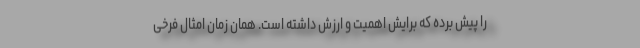
را پیش برده که برایش اهمیت و ارزش داشته است. همان زمان امثال فرخی